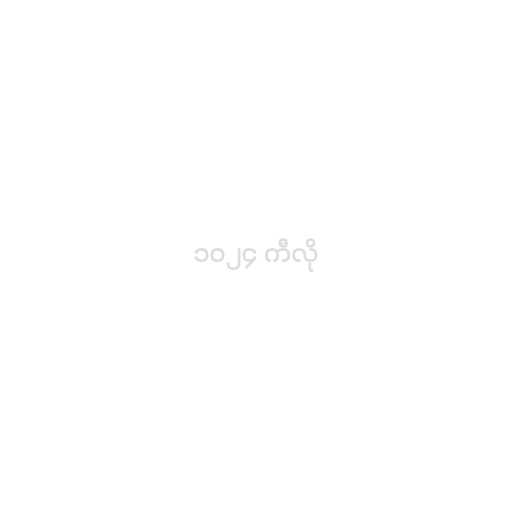
၁၀၂၄ ကီလို